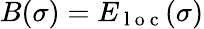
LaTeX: B(\sigma)=E_{\mathrm{~l~o~c~}}(\sigma)